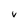
Character: V